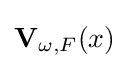
\mathbf {V} _{\omega ,F}(x)